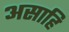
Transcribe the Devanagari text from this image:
असाहि